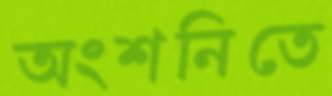
অংশনিতে